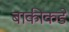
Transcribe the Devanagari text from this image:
बाकीकडे